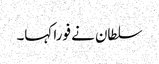
سلطان نے فورا کہا۔